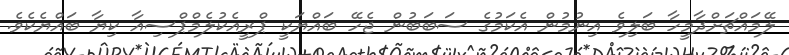
ލޭމައްޗަށްދާމީހާ ބަލިވެ އިނުމުން އެކަމުގެ ސަބަބުން ޖެހޭ ބައްޔަކީ ޕްރީއެކުލެމްޕްސިއާ ކިޔާ ބައްޔެކެވެ.